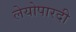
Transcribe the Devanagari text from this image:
लेयोपारदी